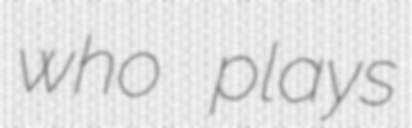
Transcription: who plays